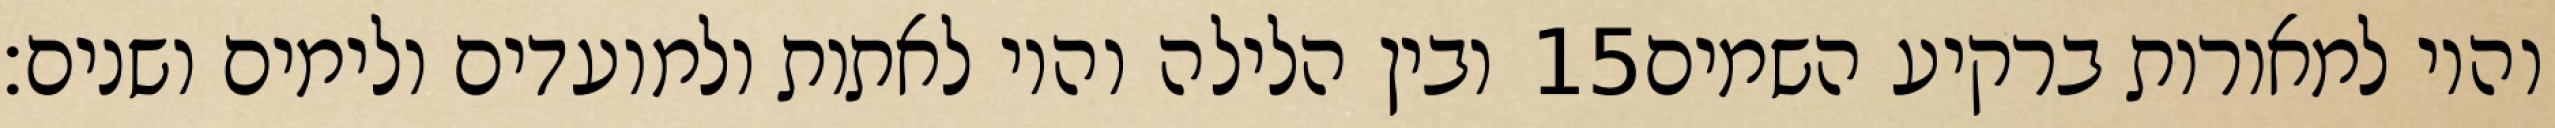
ובין הלילה והיו לאתות ולמועדים ולימים ושנים׃ ‎15‏ והיו למאורות ברקיע השמים